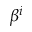
\beta ^ { i }